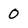
Character: 0